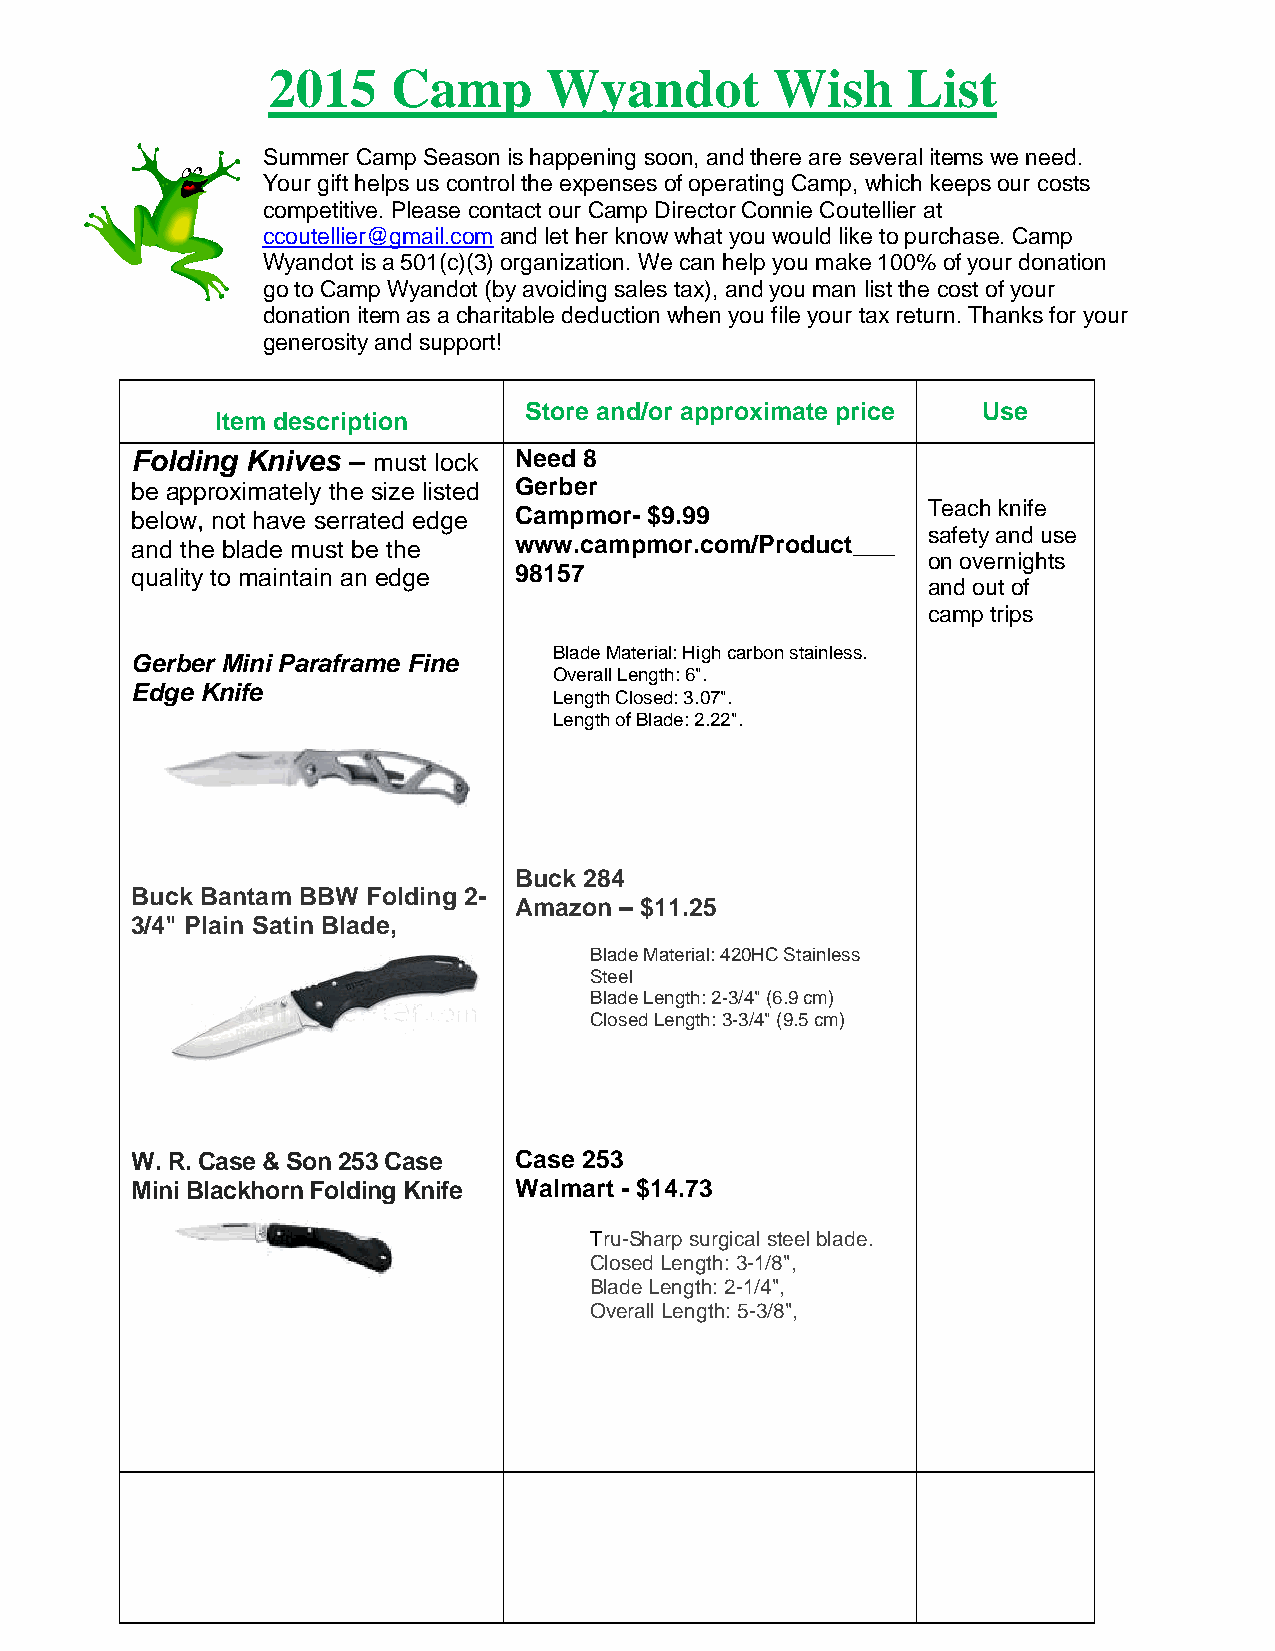
2015    Camp      Wyandot        Wish     List
 Summer Camp Season is happening soon, and there are several items we need.
 Your gift helps us control the expenses of operating Camp, which keeps our costs
 competitive. Please contact our Camp Director Connie Coutellier at
 ccoutellier@gmail.com and let her know what you would like to purchase. Camp
 Wyandot is a 501(c)(3) organization. We can help you make 100% of your donation
 go to Camp Wyandot (by avoiding sales tax), and you man list the cost of your
 donation item as a charitable deduction when you file your tax return. Thanks for your
 generosity and support!
 Store and/or approximate price Use
 Item description
 Folding Knives – must lock Need 8
 be approximately the size listed Gerber
 Teach knife
 below, not have serrated edge Campmor- $9.99
 safety and use
 and the blade must be the www.campmor.com/Product___
 on overnights
 quality to maintain an edge 98157
 and out of
 camp trips
 Blade Material: High carbon stainless.
 Gerber Mini Paraframe Fine
 Overall Length: 6".
 Edge Knife
 Length Closed: 3.07".
 Length of Blade: 2.22".
 Buck 284
 Buck Bantam BBW Folding 2-
 Amazon – $11.25
 3/4" Plain Satin Blade,
 Blade Material: 420HC Stainless
 Steel
 Blade Length: 2-3/4" (6.9 cm)
 Closed Length: 3-3/4" (9.5 cm)
 W. R. Case & Son 253 Case Case 253
 Mini Blackhorn Folding Knife Walmart - $14.73
 Tru-Sharp surgical steel blade.
 Closed Length: 3-1/8",
 Blade Length: 2-1/4",
 Overall Length: 5-3/8",